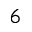
_ 6